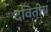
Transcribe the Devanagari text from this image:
दवितीय